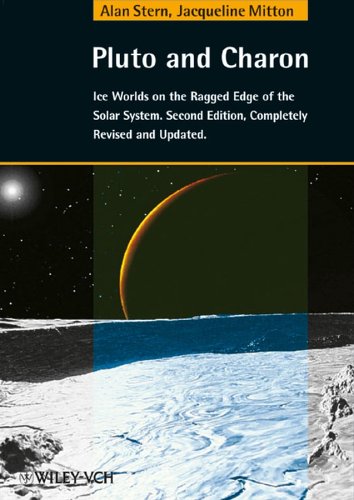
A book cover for Pluto and Charon: Ice Worlds on the Ragged Edge of the Solar System, 2nd Edition; Alan Stern; Science & Math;